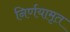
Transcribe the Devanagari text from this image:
निर्णयामृत